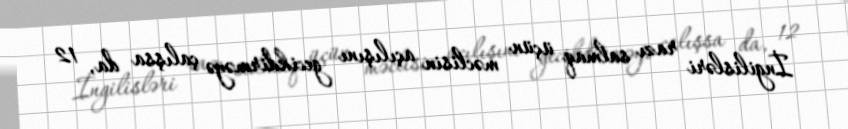
İngilisləri razı salmaq üçün məclisin açılışını gecikdirməyə çalışsa da, 12